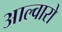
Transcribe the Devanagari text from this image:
आल्वारो